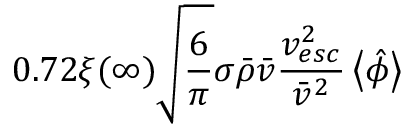
0 . 7 2 \xi ( \infty ) \sqrt { \frac { 6 } { \pi } } \sigma \bar { \rho } \bar { v } \frac { v _ { e s c } ^ { 2 } } { \bar { v } ^ { 2 } } \left< \hat { \phi } \right>